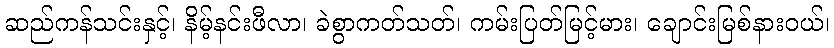
ဆည်ကန်သင်းနှင့်၊ နိမ့်နင်းဖီလာ၊ ခဲစွာကတ်သတ်၊ ကမ်းပြတ်မြင့်မား၊ ချောင်းမြစ်နားဝယ်၊